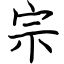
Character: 宗